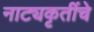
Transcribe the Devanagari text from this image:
नाट्यकृतींचे